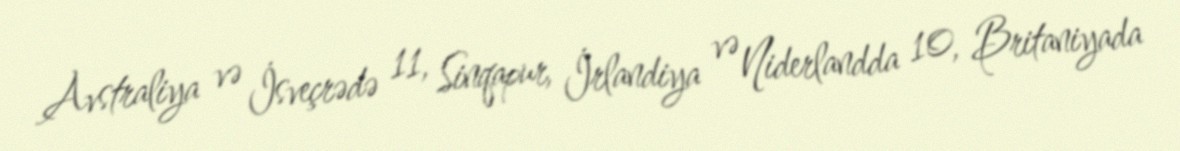
Avstraliya və İsveçrədə 11, Sinqapur, İrlandiya və Niderlandda 10, Britaniyada